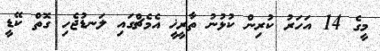
މީގެ 14 އަހަރު ކުރިން ކުޅުނު ތާރީޚީ އެމެޗްގައި ލަނޑުޖެހި ގޮތް ކޭޑީ